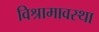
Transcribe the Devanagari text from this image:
विश्रामावस्था